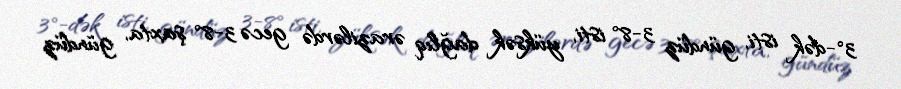
3°-dək isti, gündüz 3-8° isti, yüksək dağlıq ərazilərdə gecə 3-8° şaxta, gündüz